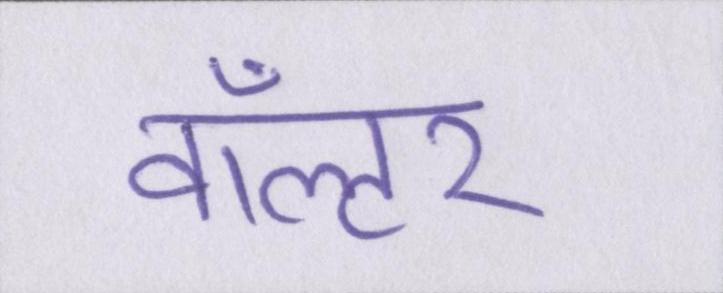
वॉल्टर